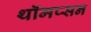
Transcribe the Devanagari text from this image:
थॉमप्सन